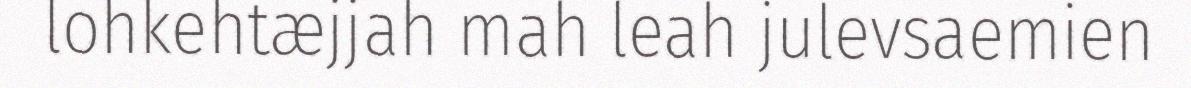
lohkehtæjjah mah leah julevsaemien